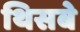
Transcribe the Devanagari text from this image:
थिसबे